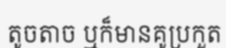
តូចតាច ឬក៏មានគូប្រកួត